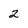
Character: 2